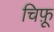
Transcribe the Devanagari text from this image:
चिफ़ू